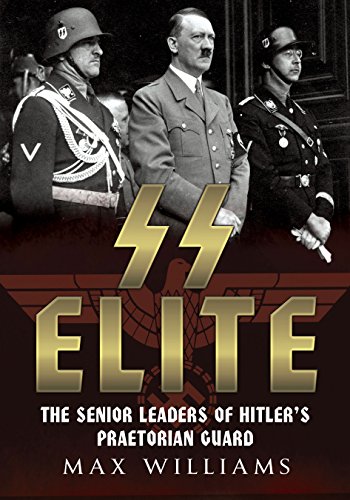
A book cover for SS Elite - The Senior Leaders of Hitler's Praetorian Guard volume 2. K-W; Max Williams; Biographies & Memoirs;